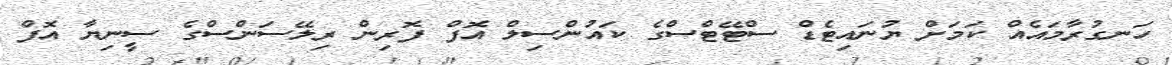
ހަނގުރާމައެއް ކަމަށް ޔުނައިޓެޑް ސްޓޭޓްސްގެ ކައުންސިލް އޮފް ފޮރިން ރިލޭސަންސްގެ ސީނިޔާ އޮފް